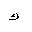
Letter: _kaf